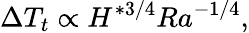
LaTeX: \Delta T_{t}\propto H^{*3/4}Ra^{-1/4},